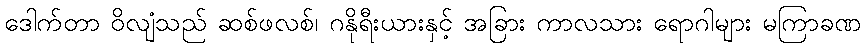
ဒေါက်တာ ဝိလျံသည် ဆစ်ဖလစ်၊ ဂနိုရီးယားနှင့် အခြား ကာလသား ရောဂါများ မကြာခဏ